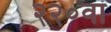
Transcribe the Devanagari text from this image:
२२०वां